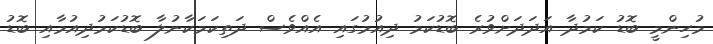
މުހިންމީ ބޮޑު ކަމުދާ އަދަދަށްވުރެ ބޮޑުކަމު ދިއުމުގައި އެއްވެސް ދަތިކަމަކާނުލާ ބޮޑުކަމުދިއުމާއި ބޮޑު